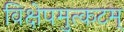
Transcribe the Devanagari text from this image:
विक्षेपमुत्कटम्